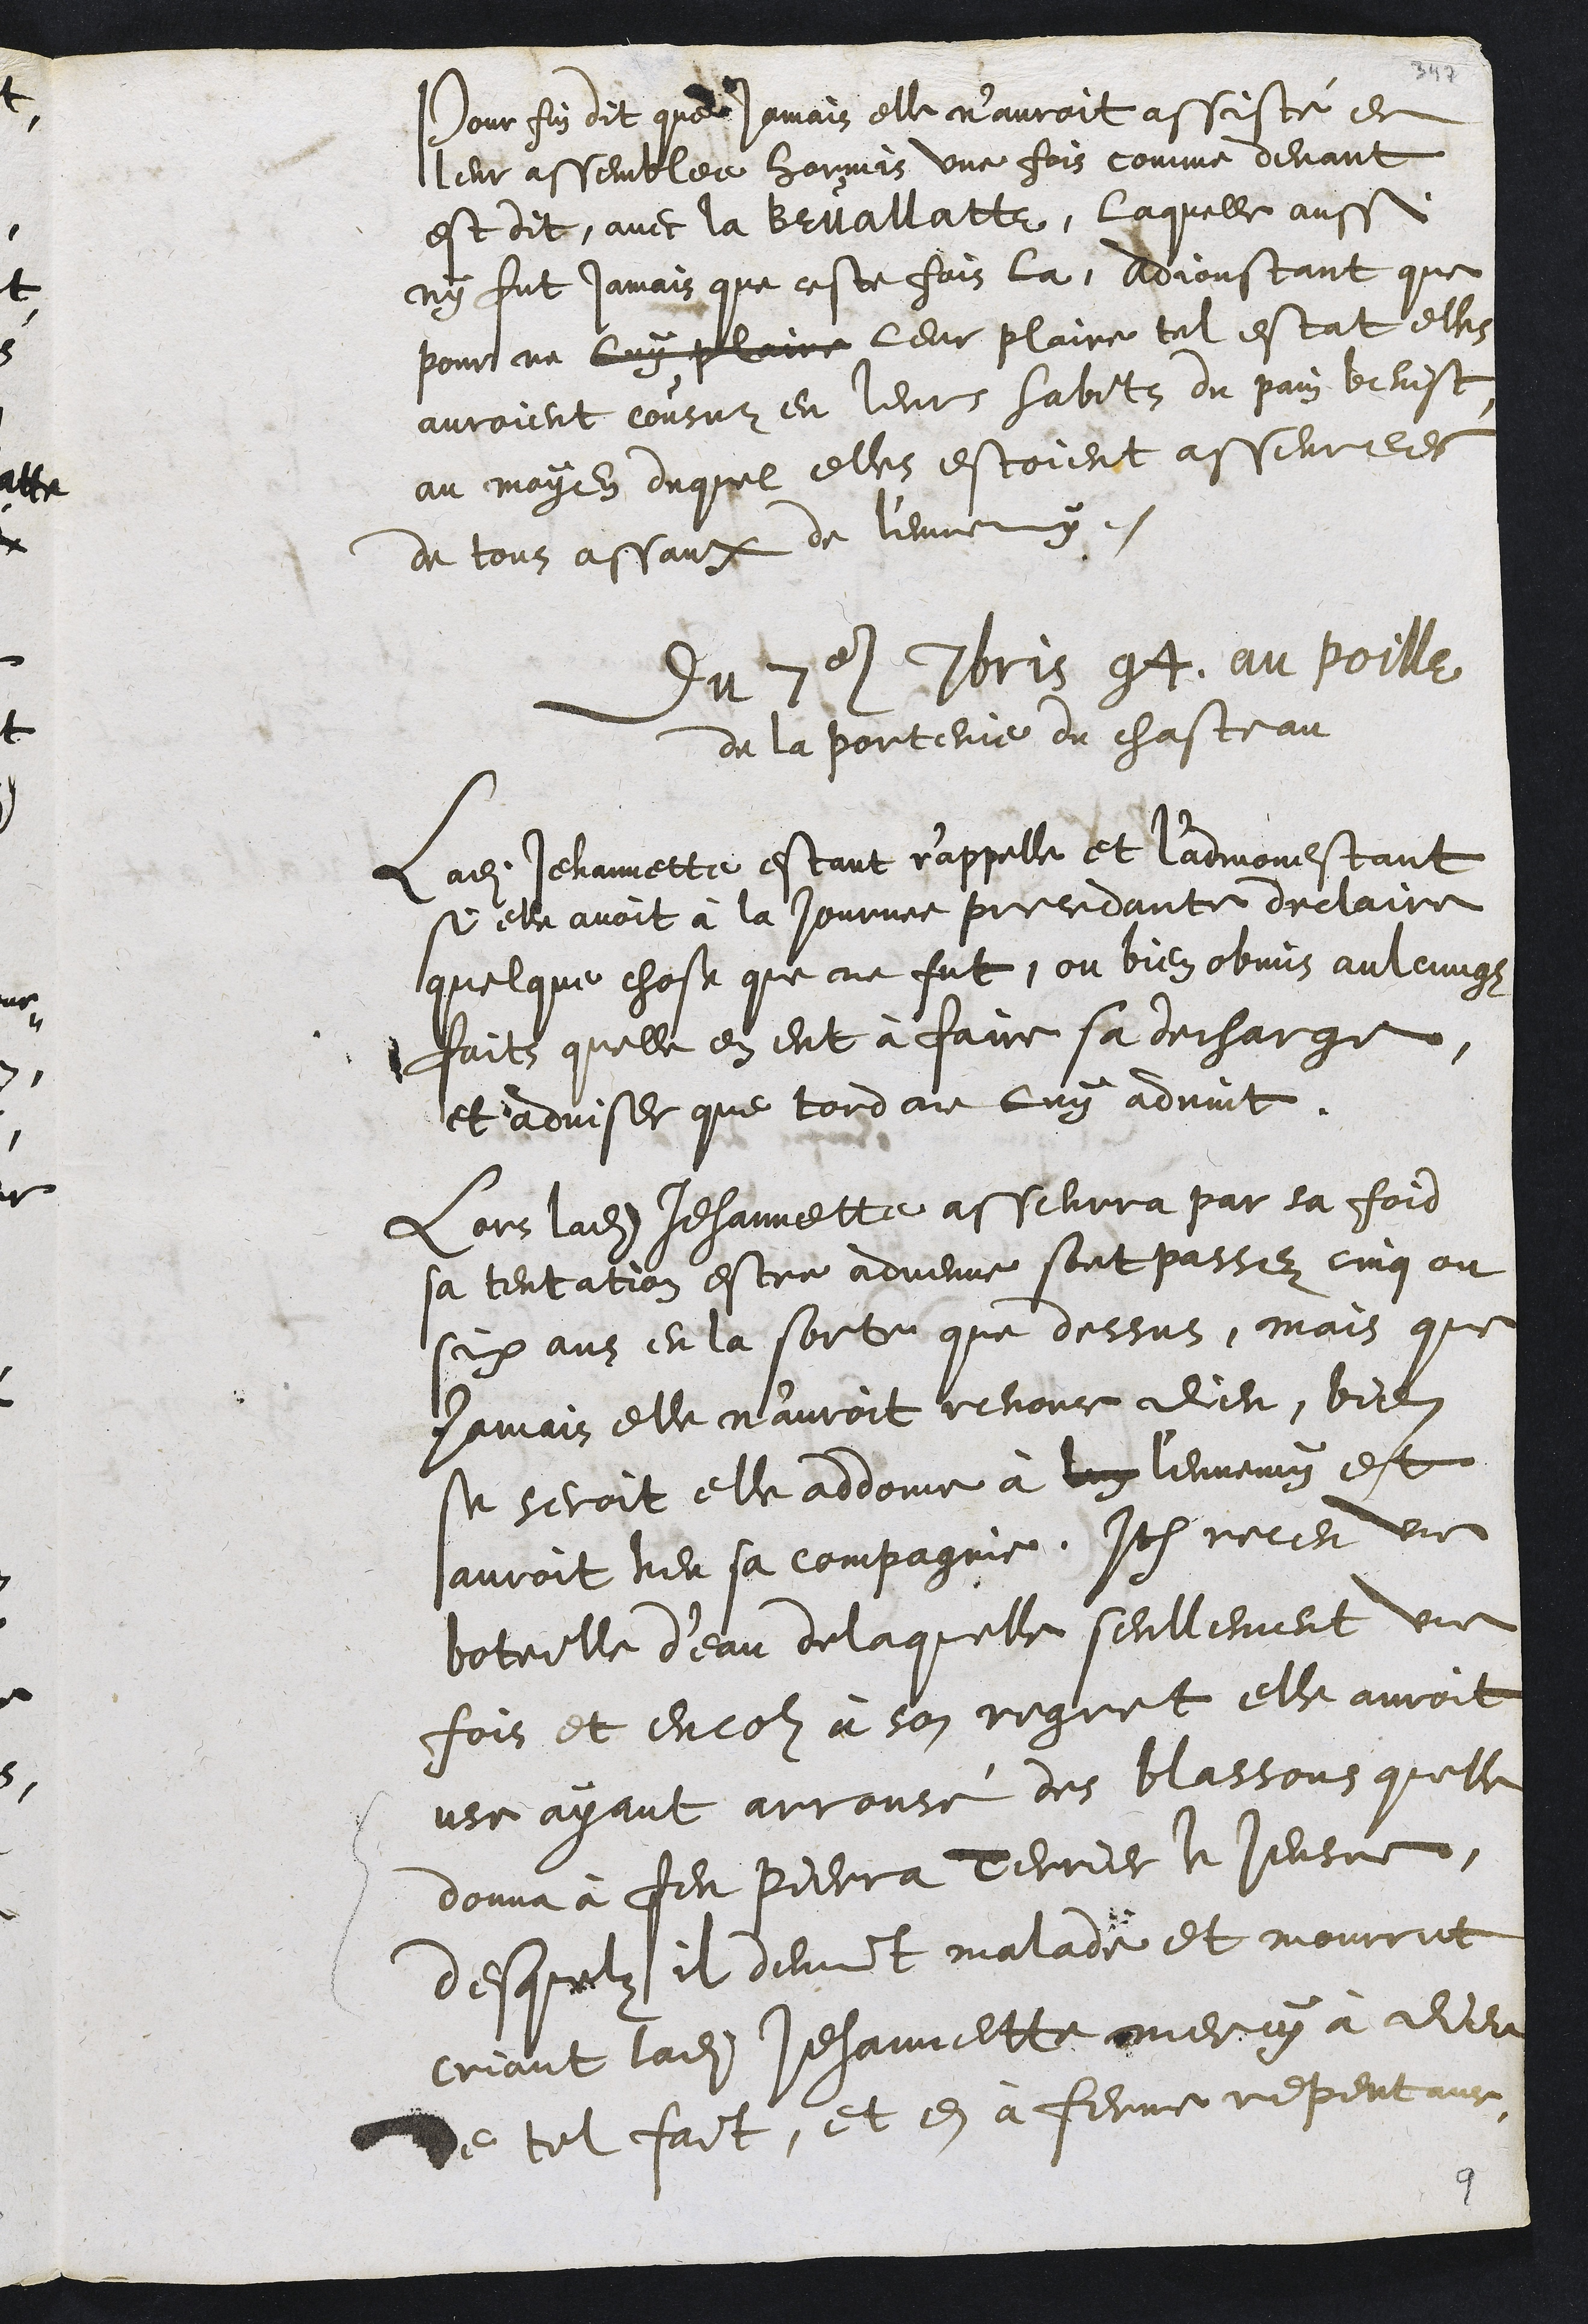
Pour fin dit que jamais elle n'auroit assisté en
leur assemblee hormis une fois comme devant
est dit, avec la Bruallatte, laquelle aussi
ny fut jamais que ceste fois la, adjoustant que
pour ne luy plaire leur plaire tel estat elles
auroient cousuz en leurs habits du pain benist
au moyen duquel elles estoient asseurees
de tous assaux de l'ennemy.
Du 7e 7bris 94, au poille
de la porterie du chasteau
Ladite Jehannette estant r'appelle et l'admonestant
si elle avoit à la journee precedante declaire
quelque chose que ne fut, ou bien obmis aulcungz
faits quelle en eut à faire sa decharge,
et adviser que tord ne luy advint.
Lors ladite Jehannette asseurra par sa foid
sa tentation estre advenue sont passez cinq ou
six ans en la sorte que dessus, mais que
jamais elle n'auroit renonce Dieu, bien
se seroit elle addonne à luy l'ennemy est
auroit heu sa compagnie. Item receu une
boteille d'eau de laquelle seullement une
fois et encor à son regret elle auroit
use ayant arrousé des blassons quelle
donna à feu Pierra Terrier le Jeusne,
desquelz il devint malade et mourrut
criant ladite Jehannette mercy à Dieu
de tel fait, et en à ferme repentance
9